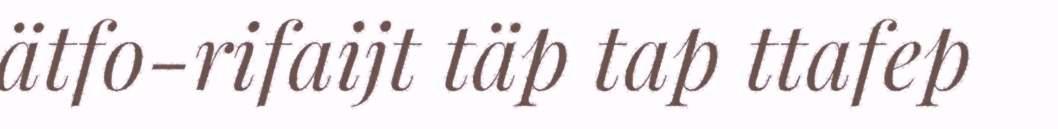
ätfo-rifaijt täp tap ttafep